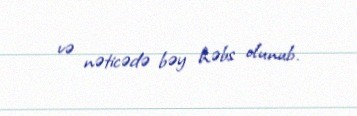
və nəticədə bəy həbs olunub.